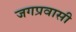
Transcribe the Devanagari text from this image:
जगप्रवासी